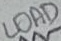
Text: LOAD